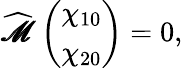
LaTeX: {\widehat{\pmb{\mathscr{M}}}}\left(\begin{array}{l}{\chi_{10}}\\ {\chi_{20}}\end{array}\right)=0,